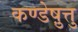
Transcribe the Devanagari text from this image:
कण्डेष़ुत्तु